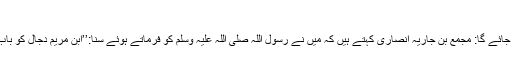
(صحیح مسلم؍2897)
دجال کس جگہ قتل کیا جائے گا: مجمع بن جاریہ انصاری کہتے ہیں کہ میں نے رسول اللہ صلی اللہ علیہ وسلم کو فرماتے ہوئے سنا:’’ابن مریم دجال کو باب لد پر قتل کریں گے‘‘۔